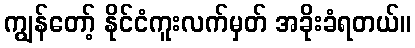
ကျွန်တော့် နိုင်ငံကူးလက်မှတ် အခိုးခံရတယ်။